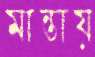
মান্তায়